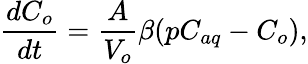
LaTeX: \frac{dC_{o}}{dt}=\frac{A}{V_{o}}{\beta}({p}{C_{aq}}-C_{o}),